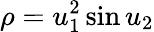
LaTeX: \rho=u_{1}^{2}\sin u_{2}